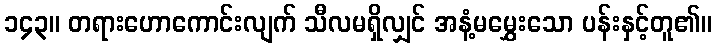
၁၄၃။ တရားဟောကောင်းလျက် သီလမရှိလျှင် အနံ့မမွှေးသော ပန်းနှင့်တူ၏။